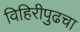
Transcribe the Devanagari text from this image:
विहिरीपुढचा